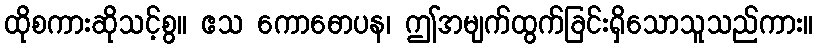
ထိုစကားဆိုသင့်စွ။ ဧသ ကောဓောပန၊ ဤအမျက်ထွက်ခြင်းရှိသောသူသည်ကား။